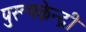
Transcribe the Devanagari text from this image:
पुरूषकेन्द्री